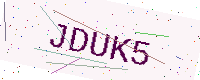
Text: JDUK5